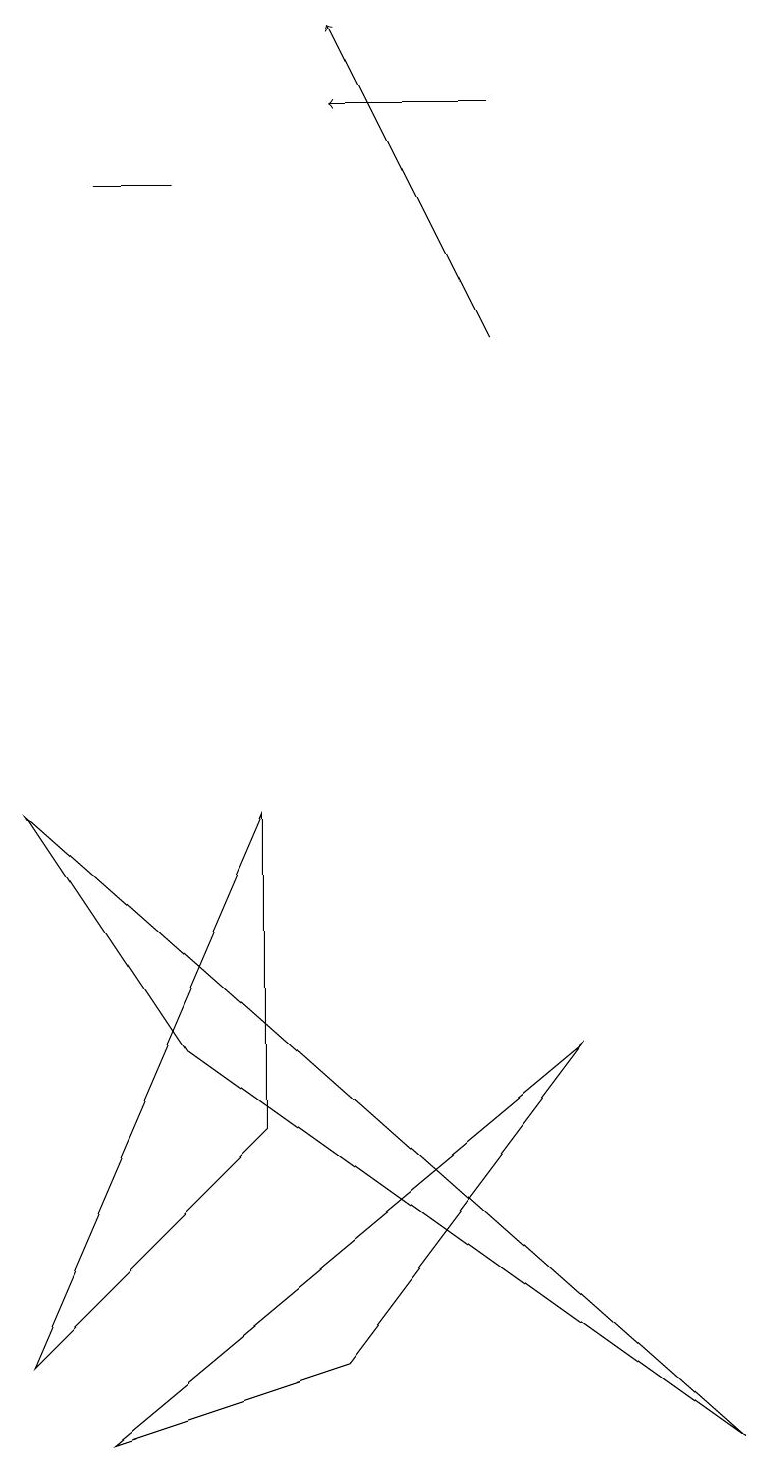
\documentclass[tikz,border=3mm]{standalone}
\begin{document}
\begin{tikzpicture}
\draw (0,1) -- (3,4) -- (3,8) -- cycle;
\draw (1,0) -- (7,5) -- (4,1) -- cycle;
\draw (1,16) rectangle (2,16);
\draw (9,0) -- (0,8) -- (2,5) -- cycle;
\draw[->] (6,17) -- (4,17);
\draw[->] (6,14) -- (4,18);
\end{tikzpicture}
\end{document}